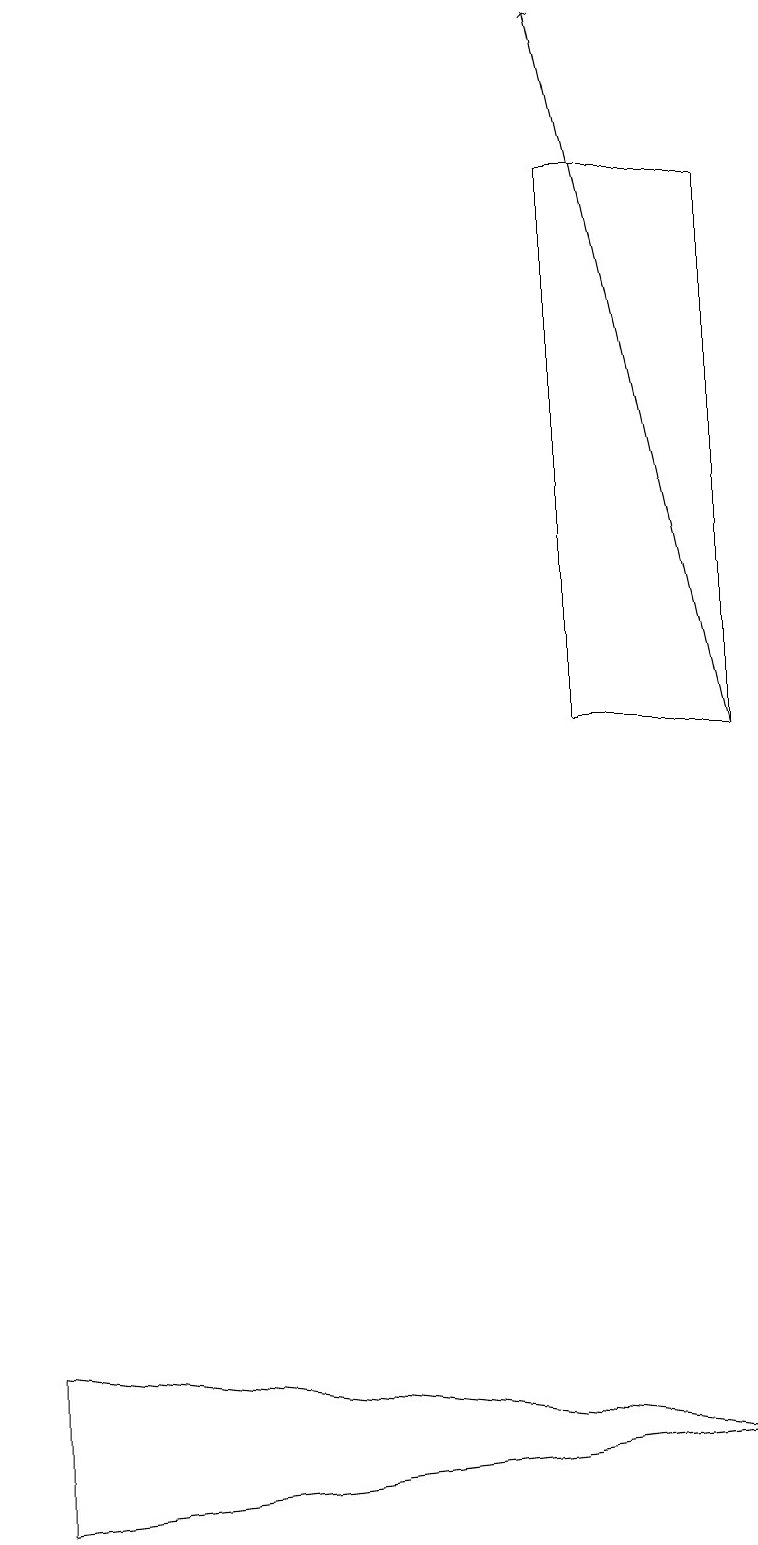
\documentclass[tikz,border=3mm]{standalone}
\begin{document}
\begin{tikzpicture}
\draw[->] (9,10) -- (7,19);
\draw (9,1) -- (0,0) -- (0,2) -- cycle;
\draw (7,10) rectangle (9,17);
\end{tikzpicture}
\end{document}